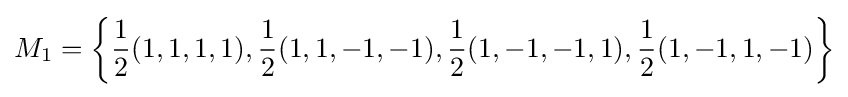
M_{1}=\left\{{\frac {1}{2}}(1,1,1,1),{\frac {1}{2}}(1,1,-1,-1),{\frac {1}{2}}(1,-1,-1,1),{\frac {1}{2}}(1,-1,1,-1)\right\}